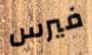
فيرس